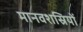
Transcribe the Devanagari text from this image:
मानवशस्रियों